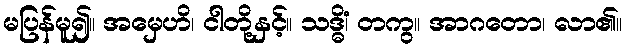
မပြန်မူ၍။ အမှေဟိ၊ ငါတို့နှင့်။ သဒ္ဓိံ၊ တကွ။ အာဂတော၊ လာ၏။